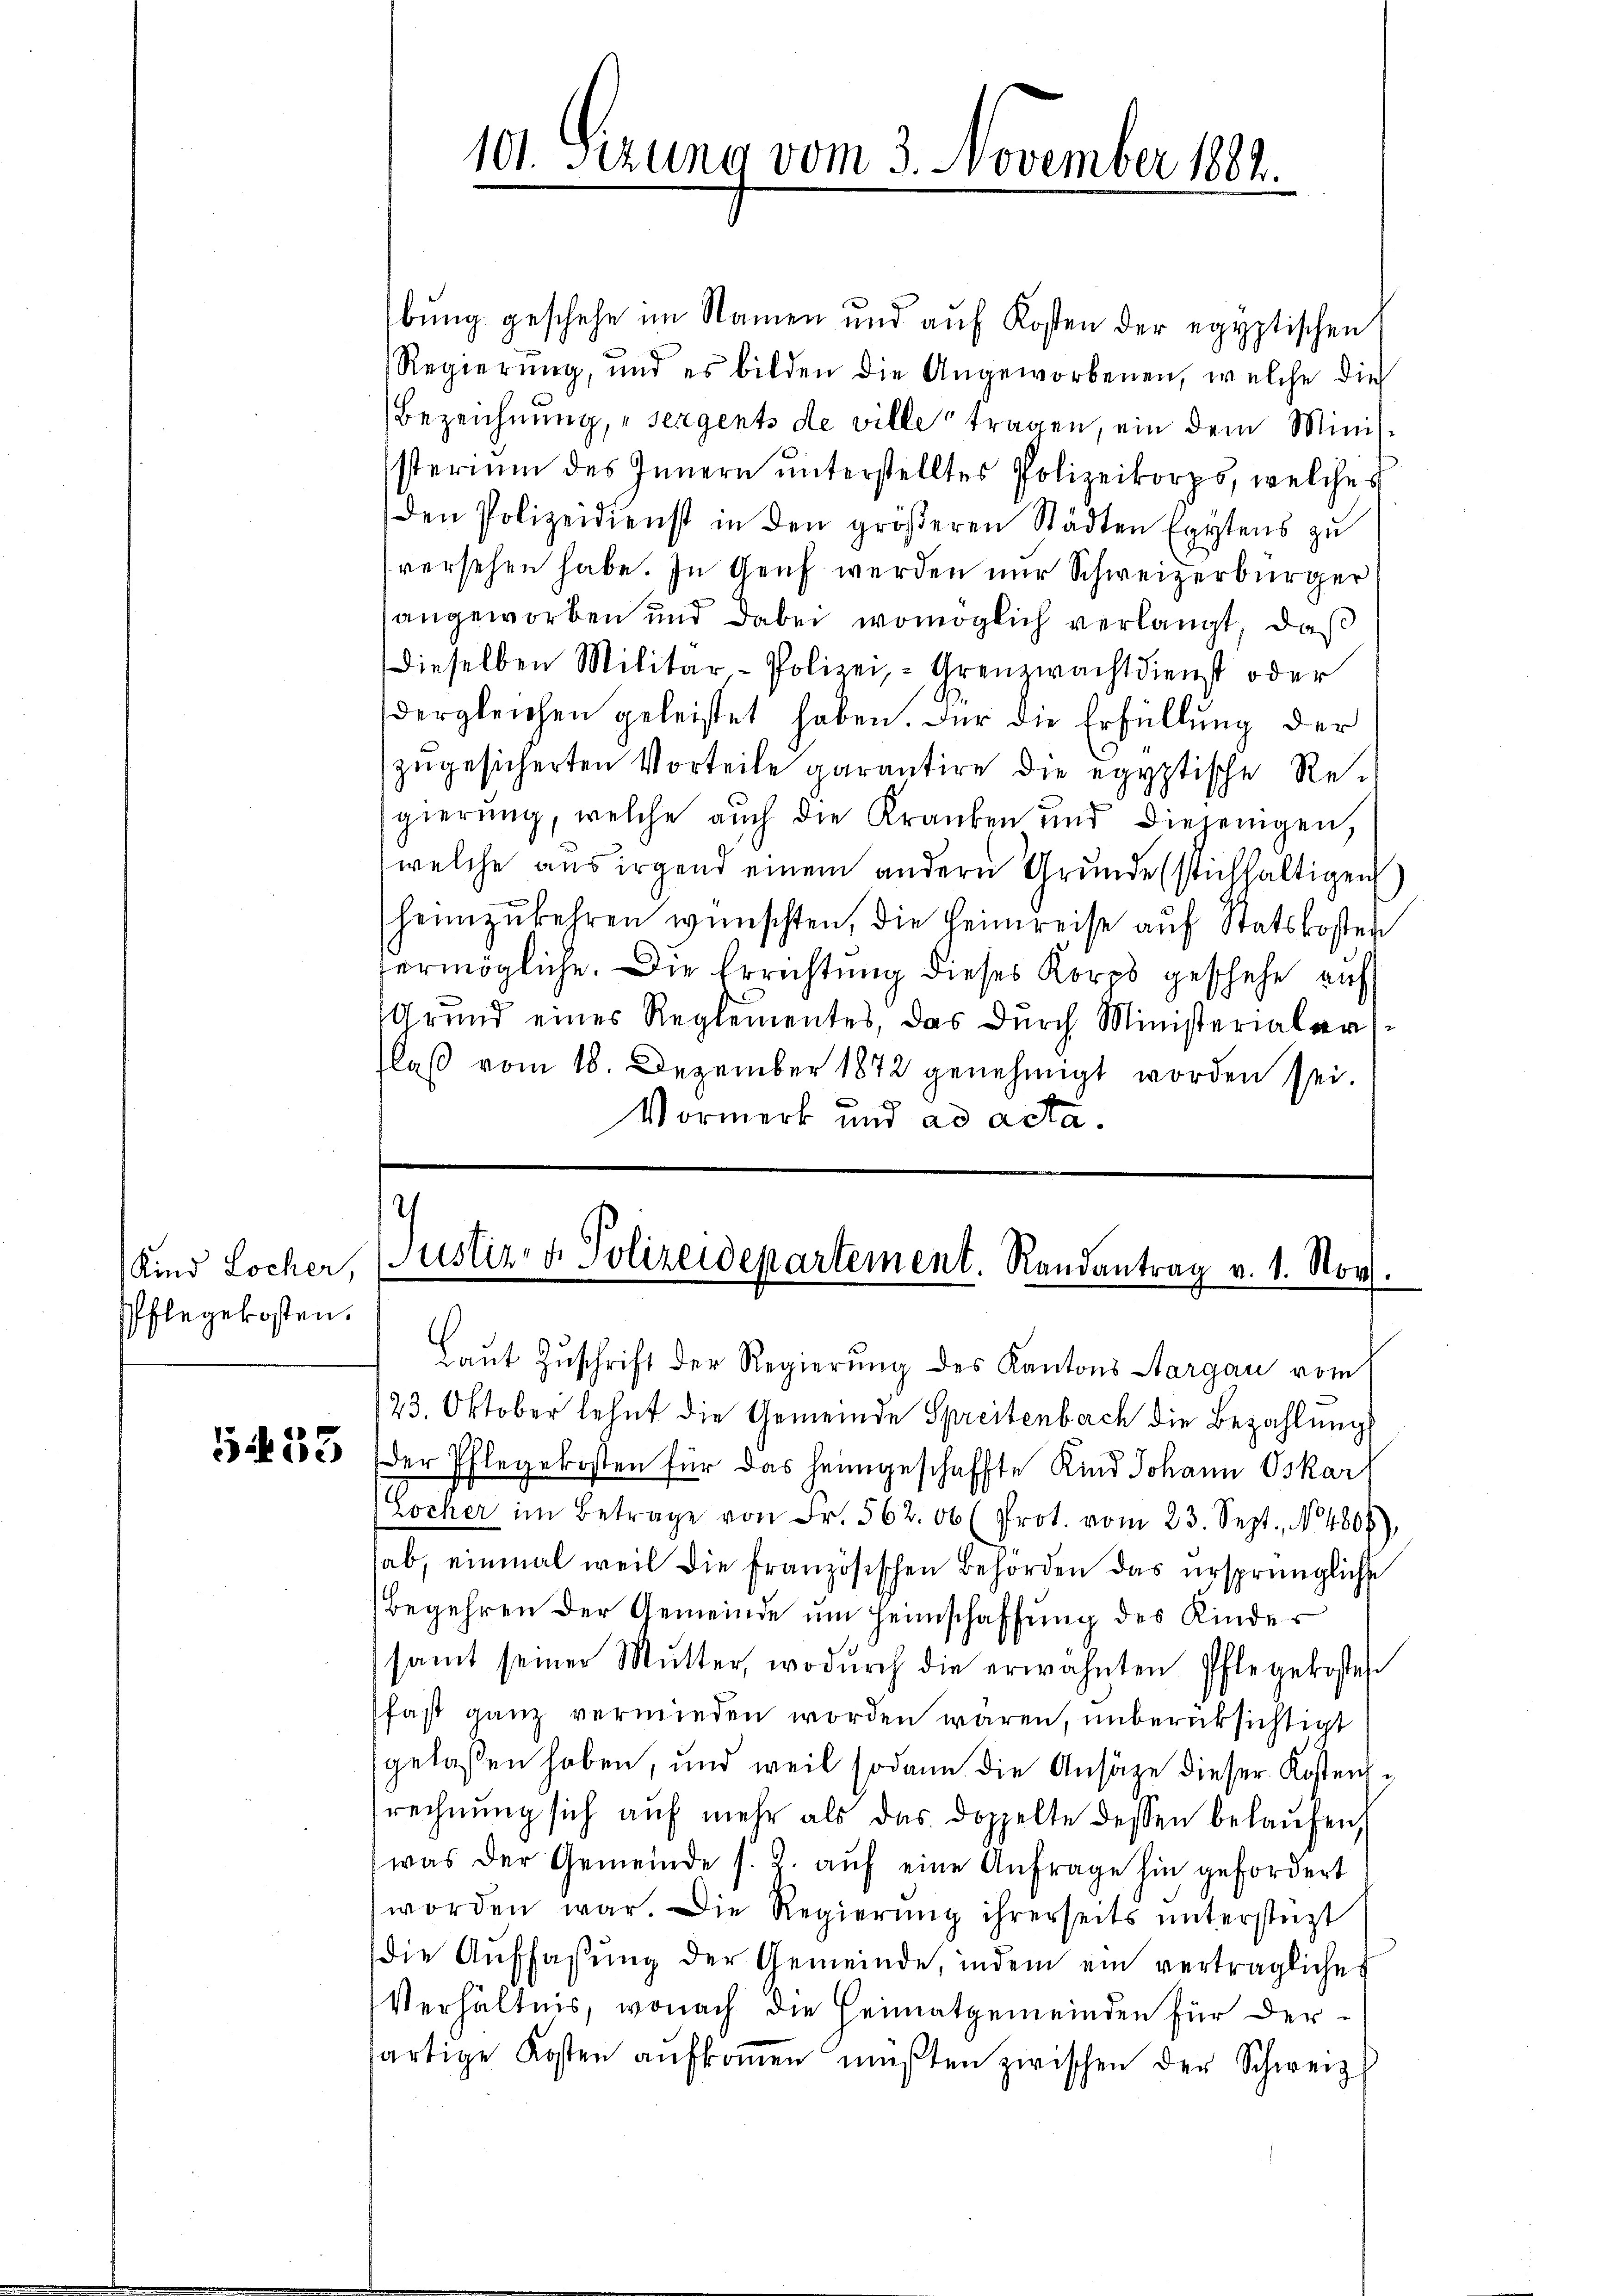
Kind Locher,
Pflegekosten.

5433

bŭng geschehe im Namen und aŭf Kosten der egyptischen
Regierung, und es bilden die Angeworbenen, welche die
Bezeichnung, „seigents de ville tragen, ein dem Minissterium des Innern ŭnterstelltes Polizeikorps, welches
den Polizeidienst in den gröβeren Städten Egytens zŭ
versehen habe. In Genf werden nur Schweizerbürger
angeworben und dabei womöglich verlangt, daß
Dieselben Militar-Polizei, - Grenzwachtdienst oder
dergleichen geleistet haben. Für die Erfüllung der
zugesicherten Vorteile garantire die egyptische Regierung, welche auch die Kranken und diejenigen,
welche aus irgend einem andern Grunde (stichhaltigen
heimzukehren wünschten, die Heimreise auf Statskosten
ermögliche. Die Errichtung dieses Korps geschehe auf
Grund eines Reglementes, das dŭrch Ministerialer
laß vom 18. Dezember 1872 genehmigt worden sei.
Vormerk und ad acta.

101. Serung vom 3. November 1802.

Justiz- & Polizeidepartement. Randantrag v. 1. Nov.

Laut Zuschrift der Regierung des Kantons Aargau vom
23. Oktober lehnt die Gemeinde Spreitenbach die Bezahlung
der Pflegekosten für das heimgeschaffte Kind Johann Oskarf
rocher im Betrage von Fr. 562. 06 (Prot. vom 23. Sept., N. 4806)
ab, einmal weil die französischen Behörden das ursprüngliche
Begehren der Gemeinde um Heimschaffung des Kinder
samt seiner Mŭtter, wodŭrch die erwähnten Pflegekostes
fast ganz vermieden worden wären, unberüksichtigt
gelaßen haben, und weil sodann die Ansätze dieser Kostensrechnung sich auf mehr als das doppelte dessen belaŭfen,
was der Gemeinde s. Z. aŭf eine Anfrage hin gefordert
worden war. Die Regierŭng ihrerseits ŭnterstüzt
die Auffassung der Gemeinde, indem ein verträgliches
Verhältnis, wonach die Heimatgemeinden für dersartige Kosten aŭfkoṁen müßten zwischen der Schweiz